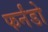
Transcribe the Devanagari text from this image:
फर्नंडो